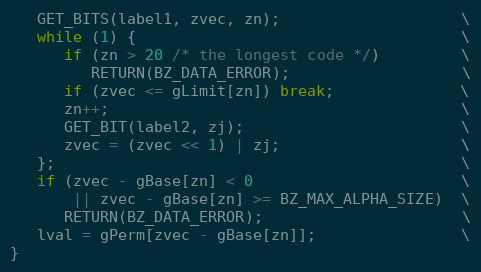
Language: C
   GET_BITS(label1, zvec, zn);                    \
   while (1) {                                    \
      if (zn > 20 /* the longest code */)         \
         RETURN(BZ_DATA_ERROR);                   \
      if (zvec <= gLimit[zn]) break;              \
      zn++;                                       \
      GET_BIT(label2, zj);                        \
      zvec = (zvec << 1) | zj;                    \
   };                                             \
   if (zvec - gBase[zn] < 0                       \
       || zvec - gBase[zn] >= BZ_MAX_ALPHA_SIZE)  \
      RETURN(BZ_DATA_ERROR);                      \
   lval = gPerm[zvec - gBase[zn]];                \
}